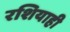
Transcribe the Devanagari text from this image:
रशियाही